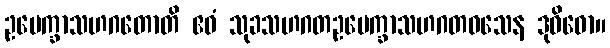
ဥပေက္ခာသဟဂတောတိ ဧဝံ သုခသဟဂတဥပေက္ခာသဟဂတဝသေန ဒုဝိဓော။